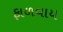
ફાળવાય